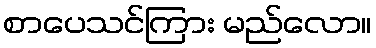
စာပေသင်ကြား မည်လော။